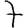
Digit: 7